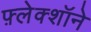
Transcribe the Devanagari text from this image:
फ़्लेक्शॉने